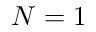
N = 1